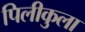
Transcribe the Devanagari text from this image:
पिलीकुला